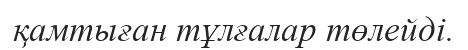
қамтыған тұлғалар төлейді.